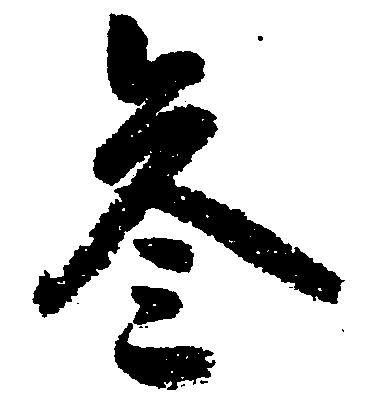
参